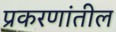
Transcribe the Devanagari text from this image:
प्रकरणांतील